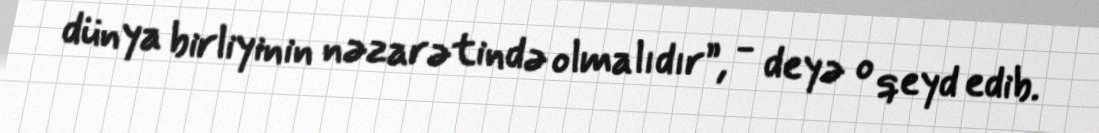
dünya birliyinin nəzarətində olmalıdır”, - deyə o qeyd edib.